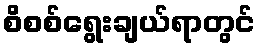
စိစစ်ရွေးချယ်ရာတွင်